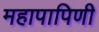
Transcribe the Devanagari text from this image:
महापापिणी